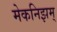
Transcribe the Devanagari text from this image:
मेकनिझम्